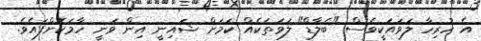
އެ ހުރިހާ ލަވައަކީވެސް "ބެލާޑް" ލަވަތަކެއް ކަމަށް ޝައިނީ އިން ވަނީ ހާމަކޮށްފައެވެ.